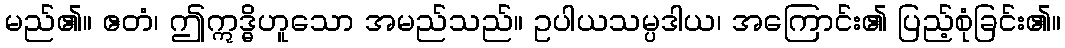
မည်၏။ ဧတံ၊ ဤဣဒ္ဓိဟူသော အမည်သည်။ ဥပါယသမ္ပဒါယ၊ အကြောင်း၏ ပြည့်စုံခြင်း၏။